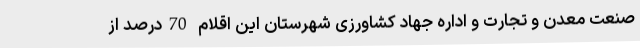
صنعت معدن و تجارت و اداره جهاد کشاورزی شهرستان این اقلام 70درصد از